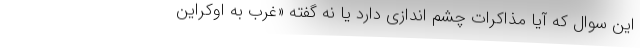
این سوال که آیا مذاکرات چشم اندازی دارد یا نه گفته «غرب به اوکراین